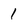
Character: 1